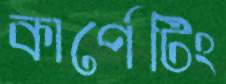
কার্পেটিং